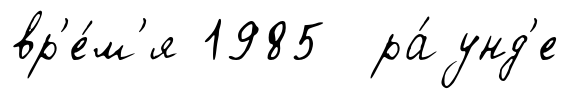
вр'е́м'я 1985 ра́унд'е